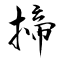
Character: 揥